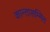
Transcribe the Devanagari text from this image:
कान्तासम्मित